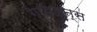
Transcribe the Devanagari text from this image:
गाईडन्स